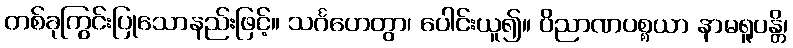
တစ်ခုကြွင်းပြုသောနည်းဖြင့်။ သင်္ဂဟေတွာ၊ ပေါင်းယူ၍။ ဝိညာဏပစ္စယာ နာမရူပန္တိ၊